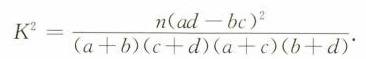
$$K ^ { 2 } = \frac { n ( a d - b c ) ^ { 2 } } { ( a + b ) ( c + d ) ( a + c ) ( b + d ) }$$ .